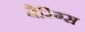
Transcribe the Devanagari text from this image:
बैरिंग्स